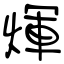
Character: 煇